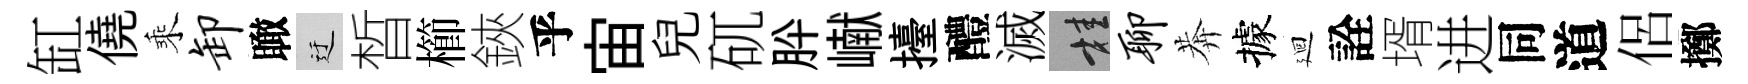
缸僥乘卸瞰迂晳櫛鋏乎宙兒矹肸𪩘擡醴滅桂聊莾據廻詮壻进同道侶擲